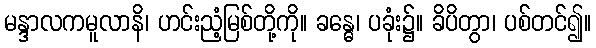
မန္ဒာလကမူလာနိ၊ ဟင်းညံ့မြစ်တို့ကို။ ခန္ဓေ၊ ပခုံး၌။ ခိပိတွာ၊ ပစ်တင်၍။